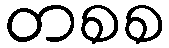
တစစ